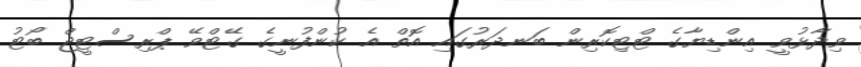
ވިދާޅުވީ އިންޑިޔާގެ ޓްޓިކޮރިން ބަނދަރުގައި އޮތް އެ ކުންފުނީގެ ގޭޓްވޭ ޕްރިސްޓީޖް ބޯޓު